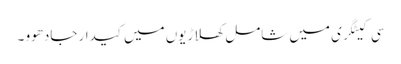
سی کیٹگری میں شامل کھلاڑیوں میں کیدار جادھوو ۔